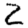
Digit: 2